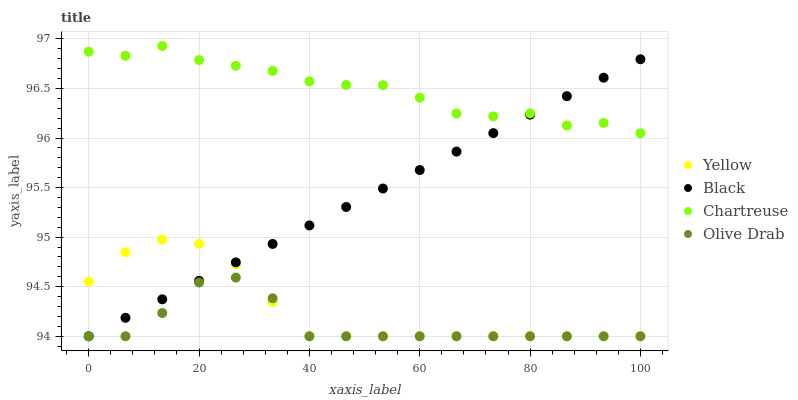
| xaxis_label | Yellow | Black | Chartreuse | Olive Drab |
 | --- | --- | --- | --- | --- |
 | 0 | 94.6 | 94 | 96.9 | 94 |
 | 6.67 | 94.8 | 94.2 | 96.8 | 94 |
 | 13.3 | 95 | 94.4 | 96.9 | 94.2 |
 | 20 | 94.9 | 94.6 | 96.8 | 94.5 |
 | 26.7 | 94.7 | 94.7 | 96.7 | 94.6 |
 | 33.3 | 94.3 | 94.9 | 96.7 | 94.4 |
 | 40 | 94 | 95.1 | 96.6 | 94 |
 | 46.7 | 94 | 95.3 | 96.5 | 94 |
 | 53.3 | 94 | 95.5 | 96.5 | 94 |
 | 60 | 94 | 95.7 | 96.4 | 94 |
 | 66.7 | 94 | 95.9 | 96.2 | 94 |
 | 73.3 | 94 | 96 | 96.2 | 94 |
 | 80 | 94 | 96.2 | 96.2 | 94 |
 | 86.7 | 94 | 96.4 | 96.1 | 94 |
 | 93.3 | 94 | 96.6 | 96.2 | 94 |
 | 100 | 94 | 96.8 | 96 | 94 |